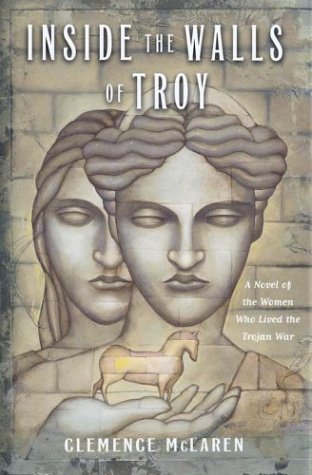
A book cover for Inside the Walls of Troy; Clemence McLaren; Teen & Young Adult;